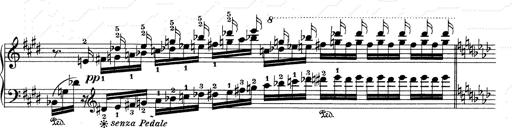
Title: Mephisto Waltz No.1
Composer: Franz Liszt